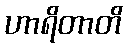
ဟာရိတာတိ